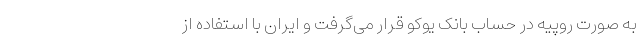
به صورت روپیه در حساب بانک یوکو قرار می‌گرفت و ایران با استفاده از